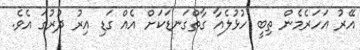
އޭރު އަހަރެމެން ތިބީ ހުޅުލެއާ ގާތްގަނޑަކަށް އެއް ގަޑި އިރު ދުރުގަ އެވެ.